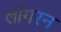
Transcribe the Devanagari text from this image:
लॉगरन